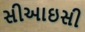
સીઆઇસી